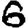
Digit: 6